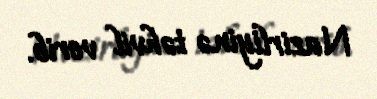
Nazirliyinə təhvil verib.